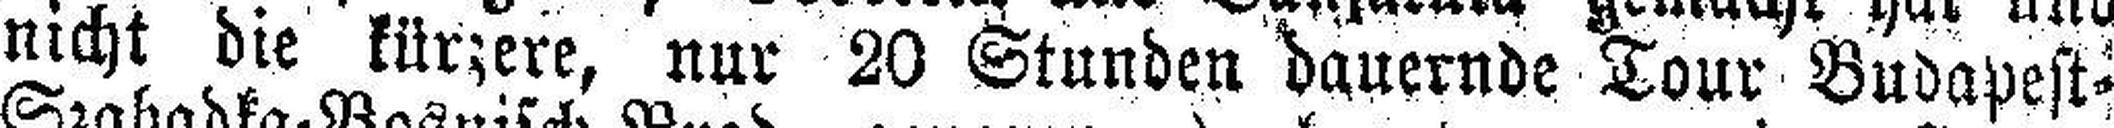
nicht die kürzere, nur 20 Stunden dauernde Tour Budapest=